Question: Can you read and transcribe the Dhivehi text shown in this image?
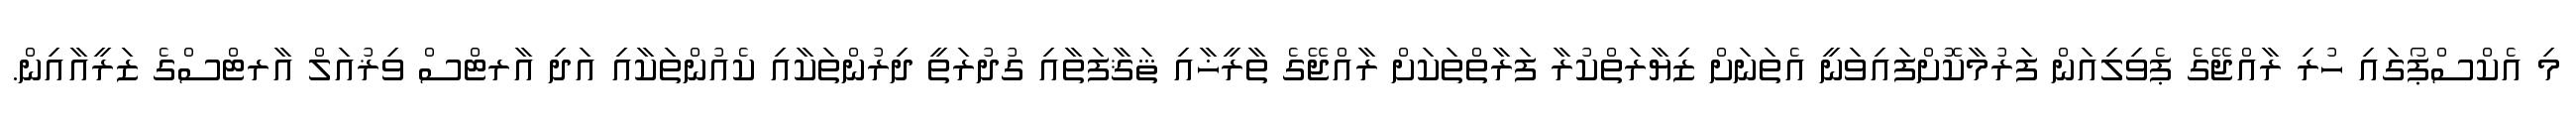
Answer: މި އެކްސްޕޯގައި ހުރި ރާއްޖޭގެ ޕެވިލިއަން ފަރުމާކޮށްފައިވަނީ އެތަނަށް ޒިޔާރަތްކުރާ ފަރާތްތަކަށް ރާއްޖޭގެ ތާރީޚާއި ޘަޤާފަތާއި ގުދުރަތީ ދިރުންތަކާއި ކެއުންތަކާއި އަދި އާރޓްސް ވިޜުއަލް އާރޓްސްގެ ޒަރީއާއިން.